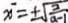
x ^ { \prime } = \pm \sqrt { \frac { 2 } { a - 1 } }